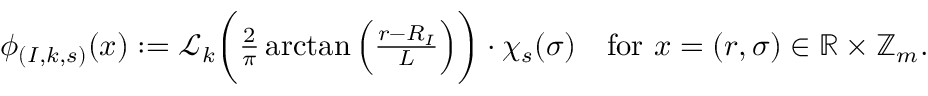
\begin{array} { r } { \phi _ { ( I , k , s ) } ( x ) : = \mathscr { L } _ { k } \bigg ( \frac { 2 } { \pi } \arctan \Big ( \frac { r - R _ { I } } { L } \Big ) \bigg ) \cdot \chi _ { s } ( \sigma ) \quad \mathrm { f o r } ~ x = ( r , \sigma ) \in \mathbb { R } \times \mathbb { Z } _ { m } . } \end{array}